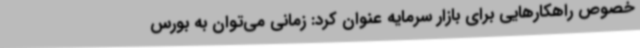
خصوص راهکارهایی برای بازار سرمایه عنوان کرد: زمانی می‌توان به بورس